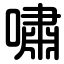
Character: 嘯